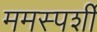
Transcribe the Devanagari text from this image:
ममस्पर्शी